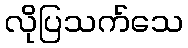
လိုပြသက်သေ